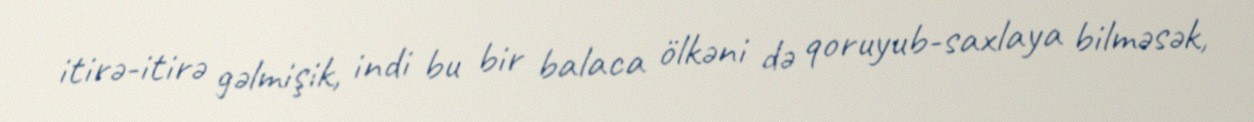
itirə-itirə gəlmişik, indi bu bir balaca ölkəni də qoruyub-saxlaya bilməsək,